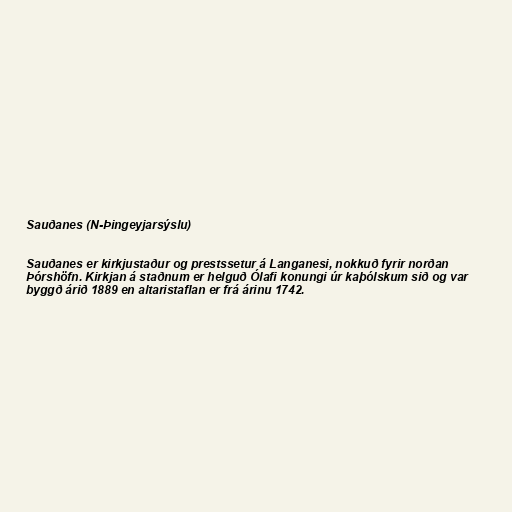
Sauðanes (N-Þingeyjarsýslu)

Sauðanes er kirkjustaður og prestssetur á Langanesi, nokkuð fyrir norðan
Þórshöfn. Kirkjan á staðnum er helguð Ólafi konungi úr kaþólskum sið og var
byggð árið 1889 en altaristaflan er frá árinu 1742.